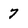
Character: 7